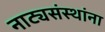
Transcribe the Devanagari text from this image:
नाट्यसंस्थांना